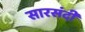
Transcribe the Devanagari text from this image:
सारसंदी